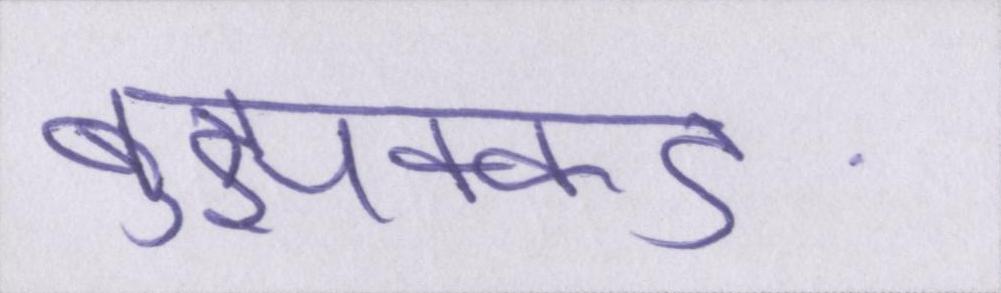
बुझक्कङ